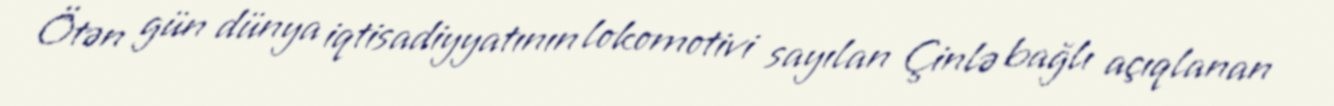
Ötən gün dünya iqtisadiyyatının lokomotivi sayılan Çinlə bağlı açıqlanan